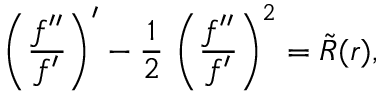
\left( \frac { f ^ { \prime \prime } } { f ^ { \prime } } \right) ^ { \prime } - { \frac { 1 } { 2 } } \, \left( \frac { f ^ { \prime \prime } } { f ^ { \prime } } \right) ^ { 2 } = \tilde { R } ( r ) ,